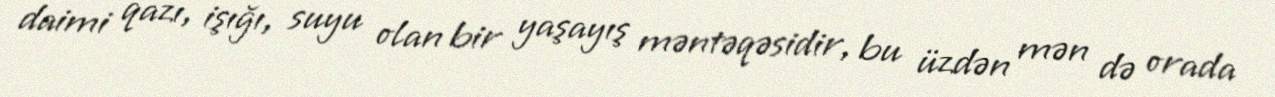
daimi qazı, işığı, suyu olan bir yaşayış məntəqəsidir, bu üzdən mən də orada